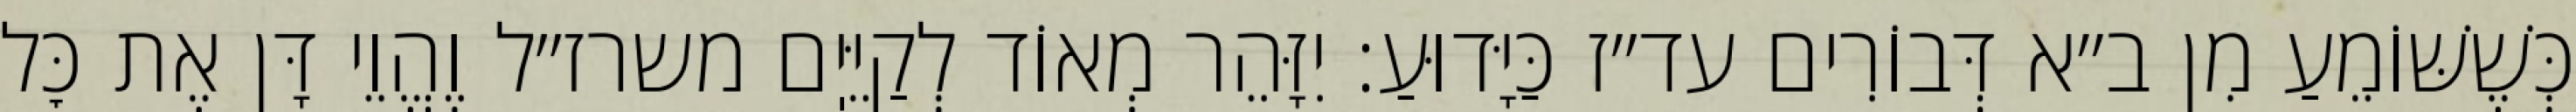
כְּשֶׁשּׁוֹמֵעַ מִן ב״א דְּבוֹרִים עד״ז כַּיָּדוּעַ: יִזָּהֵר מְאוֹד לְקַיֵּיֽם משרז״ל וֶהֱוֵי דָּן אֶת כׇּל